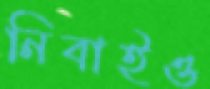
নিবাইও